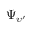
\Psi _ { \upsilon ^ { \prime } }